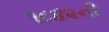
૧૮૪૨ની